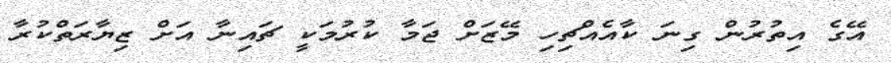
އޭގެ އިތުރުން ގިނަ ކާއެއްޗިހި މޭޒަށް ޖަމާ ކުރުމަކީ ޗައިނާ އަށް ޒިޔާރަތްކުރާ